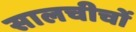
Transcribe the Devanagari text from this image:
सालचीचों